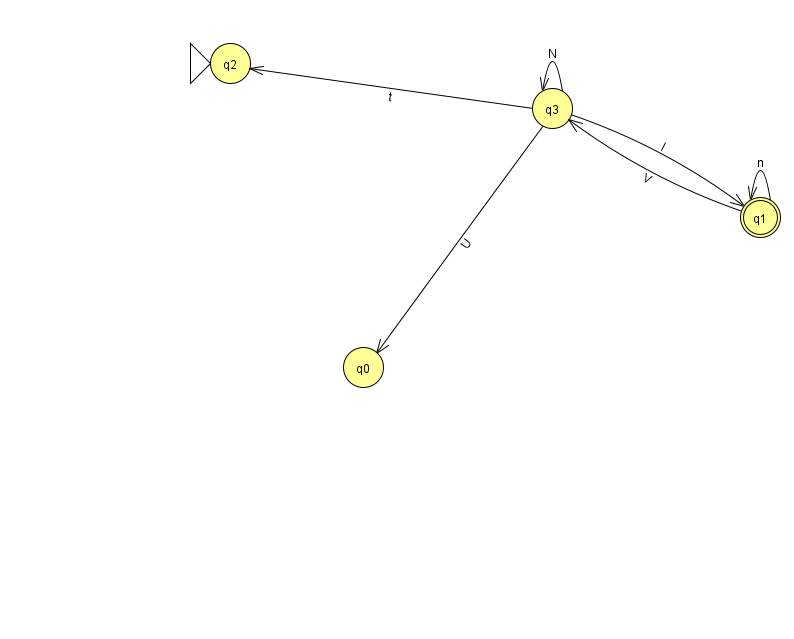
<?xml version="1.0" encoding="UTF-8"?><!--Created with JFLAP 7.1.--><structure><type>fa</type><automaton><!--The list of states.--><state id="0" name="q0"><x>363.0</x><y>354.0</y></state><state id="1" name="q1"><x>760.0</x><y>204.0</y><final/></state><state id="2" name="q2"><x>230.0</x><y>50.0</y><initial/></state><state id="3" name="q3"><x>552.0</x><y>95.0</y></state><!--The list of transitions.--><transition><from>3</from><to>0</to><read>U</read></transition><transition><from>3</from><to>1</to><read>I</read></transition><transition><from>3</from><to>2</to><read>t</read></transition><transition><from>1</from><to>1</to><read>n</read></transition><transition><from>3</from><to>3</to><read>N</read></transition><transition><from>1</from><to>3</to><read>V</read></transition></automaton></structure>